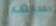
بسيف